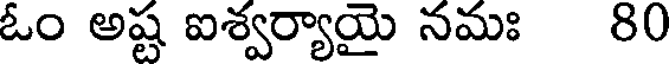
ఓం అష్ట ఐశ్వర్యాయై నమః 80